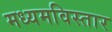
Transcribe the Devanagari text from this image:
मध्यमविस्तार